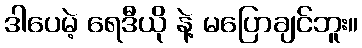
ဒါပေမဲ့ ရေဒီယို နဲ့ မပြောချင်ဘူး။